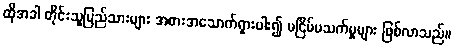
ထိုအခါ တိုင်းသူပြည်သားများ အစားအသောက်ရှားပါး၍ မငြိမ်မသက်မှုများ ဖြစ်လာသည်။